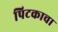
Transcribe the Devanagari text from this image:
पिटकाचा